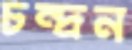
চন্দ্রন